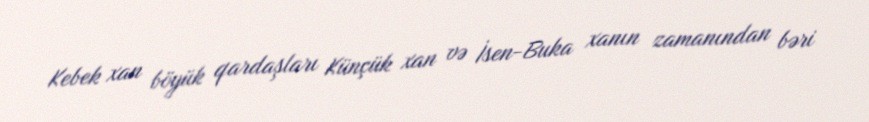
Kebek xan böyük qardaşları Künçük xan və İsen-Buka xanın zamanından bəri